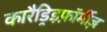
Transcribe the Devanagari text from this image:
कारैड्रिइफ़ॉर्मीज़